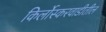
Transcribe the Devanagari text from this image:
किर्लोस्करवाडीतील